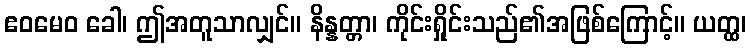
ဧဝမေဝ ခေါ၊ ဤအတူသာလျှင်။ နိန္နတ္တာ၊ ကိုင်းရှိုင်းသည်၏အဖြစ်ကြောင့်။ ယတ္ထ၊